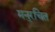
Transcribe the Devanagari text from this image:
मनुरचित